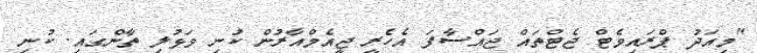
"މިއަދު ޕްރައިވެޓް ޖެޓްތައް ޖައްސާފަ އެހެރީ ޖީއެމްއާރުން ކުނި ވަޅުލި ތާންގައި. ކުނި